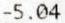
-5.04